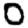
Digit: 0